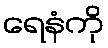
ရေနံကို